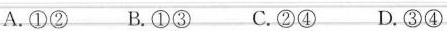
A.①② B.①③ C.②④ D.③④